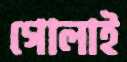
গোলাই